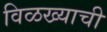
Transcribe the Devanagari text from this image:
विळख्याची